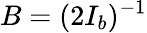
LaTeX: B=(2I_{b})^{-1}